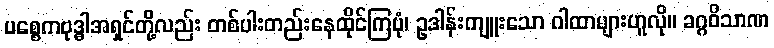
ပစ္စေကဗုဒ္ဓါအရှင်တို့လည်း တစ်ပါးတည်းနေထိုင်ကြပုံ၊ ဥဒါန်းကျူးသော ဂါထာများဟူလို။ ခဂ္ဂဝိသာဏ